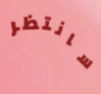
سانتظر